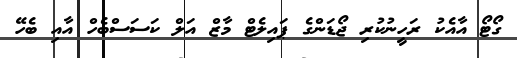
ގޯޓޯ އާއެކު ރަހީނުކުރި ޖޯޑަންގެ ޕައިލެޓް މާޒްް އަލް ކަސަސްބެހް އާއި ބެހޭ